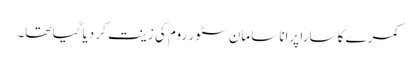
کمرے کا سارا پرانا سامان سٹور روم کی زینت کر دیا گیا تھا۔